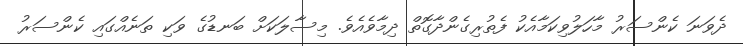
ދެވަނަ ކެންސަރު މާހަލުވިކަމާއެކު ފެތުރިގެންދާގޮތް ދިމާވެއެވެ. މިސާލަކަށް ބަނޑުގެ ވަކި ތަނެއްގައި ކެންސަރު